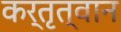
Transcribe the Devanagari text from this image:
कर्तृत्वान